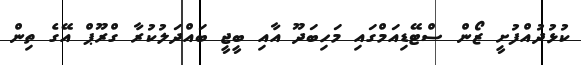
ކުޅުދުއްފުށީ ޒޯން ސްޓޭޑިއަމްގައި މަހިބަދޫ އާއި ބީޖީ ބައްދަލުކުރާ ގްރޫޕް އޭގެ ތިން